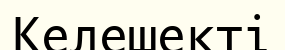
Келешекті